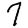
Digit: 7